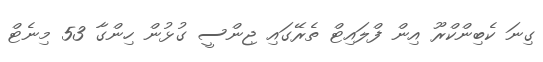
ގިނަ ކެބިންކްރޫ އިން ފްލައިޓް ތެރޭގައި ޖިންސީ ގުޅުން ހިންގާ 53 މިނެޓް